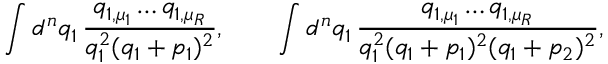
\int d ^ { n } q _ { 1 } \, \frac { q _ { 1 , \mu _ { 1 } } \dots q _ { 1 , \mu _ { R } } } { q _ { 1 } ^ { 2 } ( q _ { 1 } + p _ { 1 } ) ^ { 2 } } , \qquad \int d ^ { n } q _ { 1 } \, \frac { q _ { 1 , \mu _ { 1 } } \dots q _ { 1 , \mu _ { R } } } { q _ { 1 } ^ { 2 } ( q _ { 1 } + p _ { 1 } ) ^ { 2 } ( q _ { 1 } + p _ { 2 } ) ^ { 2 } } ,